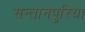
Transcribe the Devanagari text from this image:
सन्तानपुरिया